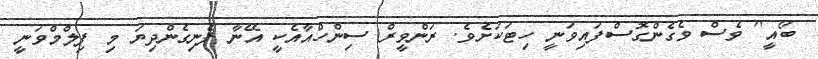
ބޯއީ'' ވެސް ވެގެންގޮސްފައިވަނީ ހިޓަކަށެވެ. ރަންވީރް ސިންހްއާއެކީ އޭނާ ފެނިގެންދިޔަ މި ފިލްމްވަނީ